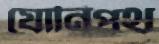
যোনিপথ